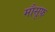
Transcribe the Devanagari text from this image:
मौसूफ़